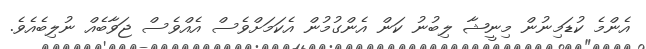
އެންމެ ކުޑަމިނުން މިނީޝާ ލިބުނު ކަން އެންގުމުން އެކަމަށްވެސް އެއްވެސް ޖަވާބެއް ނުލިބެއެވެ.